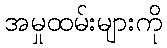
အမှုထမ်းများကို